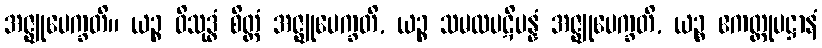
အဇ္ဈုပေက္ခတိ။ ယဉ္စ ဝိသုဒ္ဓံ စိတ္တံ အဇ္ဈုပေက္ခတိ, ယဉ္စ သမထပဋိပန္နံ အဇ္ဈုပေက္ခတိ, ယဉ္စ ဧကတ္တုပဋ္ဌာနံ